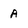
Character: A